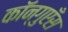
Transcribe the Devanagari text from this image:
कॉन्गुएँस